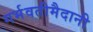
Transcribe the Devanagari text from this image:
गर्भवतीमैदानी